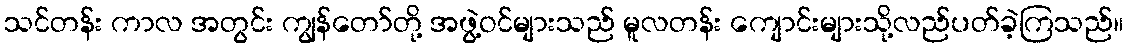
သင်တန်း ကာလ အတွင်း ကျွန်တော်တို့ အဖွဲ့ဝင်များသည် မူလတန်း ကျောင်းများသို့လည်ပတ်ခဲ့ကြသည်။